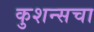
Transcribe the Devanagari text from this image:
कुशन्सचा